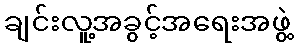
ချင်းလူ့အခွင့်အရေးအဖွဲ့